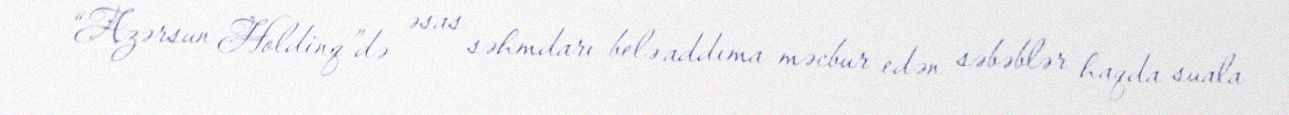
“Azərsun Holdinq”də əsas səhmdarı belə addıma məcbur edən səbəblər haqda suala